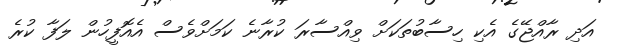
އަދި ރާއްޖޭގެ އެކި ހިސާބުތަކަށް ވިއްސާރަ ކުރާނެ ކަމަށްވެސް އެއޮފީހުން ލަފާ ކުރެ